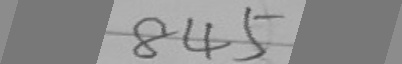
8 4 5